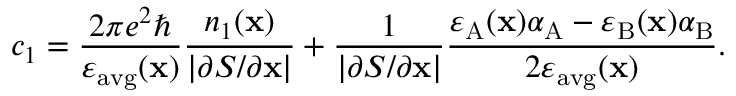
c _ { 1 } = \frac { 2 \pi e ^ { 2 } \hbar } { \varepsilon _ { \mathrm { a v g } } ( \mathbf { x } ) } \frac { n _ { 1 } ( \mathbf { x } ) } { \left| \partial S / \partial \mathbf { x } \right| } + \frac { 1 } { \left| \partial S / \partial \mathbf { x } \right| } \frac { \varepsilon _ { \mathrm { A } } ( \mathbf { x } ) \alpha _ { \mathrm { A } } - \varepsilon _ { \mathrm { B } } ( \mathbf { x } ) \alpha _ { \mathrm { B } } } { 2 \varepsilon _ { \mathrm { a v g } } ( \mathbf { x } ) } .